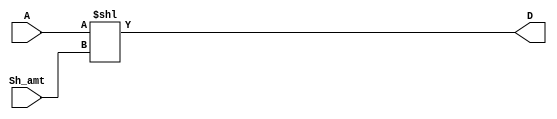
`timescale 1ns / 1ps

// SHIFT LEFT
module SHL #(parameter DATAWIDTH = 4)(A, Sh_amt, D);
	input      [DATAWIDTH-1:0] A, Sh_amt;
	output reg [DATAWIDTH-1:0] D;

	always @(A, Sh_amt) begin
		D<= A << Sh_amt;
	end
endmodule